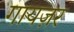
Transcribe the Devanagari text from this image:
गायज़र